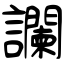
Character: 讕